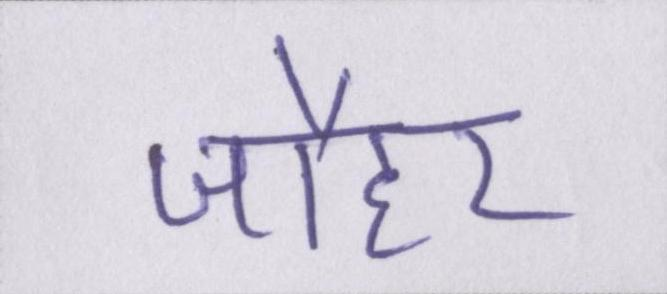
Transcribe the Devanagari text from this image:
जौहर